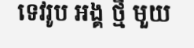
ទេវរូប អង្គ ថ្មី មួយ